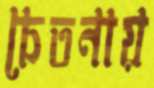
চেতনায়